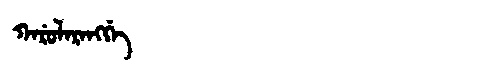
Manchu: ᡴᠠᡵᡠᠯᠠᡵᠠᠩᡤᡝ
Romanization: KARULARANGGE